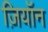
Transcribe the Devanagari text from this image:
ज़ियॉन